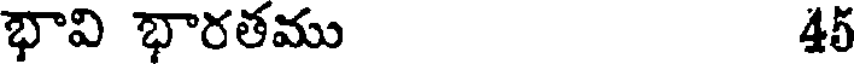
భావి భారతము 45